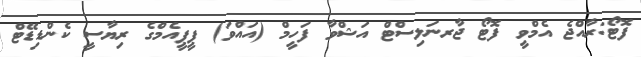
ފޮޓޯ:ރާއްޖެ އެމްވީ ފޮޓޯ ޖާރނަލިސްޓް އަޝްވާ ފަހީމް (އައްވަ) ޕީޕީއެމްގެ ރިޔާސީ ކެންޑިޑޭޓް